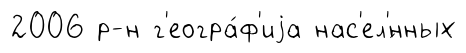
2006 р-н г'еогра́ф'иjа нас'ел'́нных